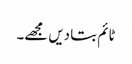
ٹائم بتا دیں مجھے۔